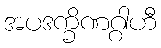
အပဒက္ခိဏဂ္ဂါဟီ